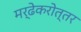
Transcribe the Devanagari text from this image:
मर्ढेकरोत्तर